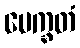
ပေက္ခတံ